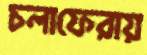
চলাফেরায়